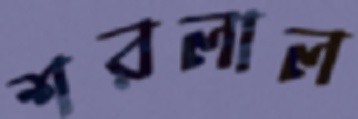
শরলাল